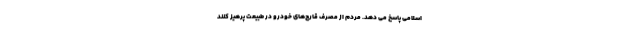
اسلامی پاسخ می دهد. مردم از مصرف قارچ‌های خودرو در طبیعت پرهیز کنند